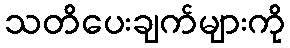
သတိပေးချက်များကို